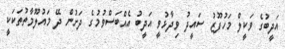
އަދީބުގެ ވަކީލް މަހުފޫޒު ސައީދު ވިދާޅުވީ އަދީބު އެއްބަސްވުމުގެ ދަށުން ދޭ މައުލޫމާތުތަކަކީ